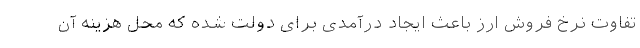
تفاوت نرخ فروش ارز باعث ایجاد درآمدی برای دولت شده که محل هزینه آن